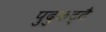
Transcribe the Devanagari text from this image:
पुदुकट्टै